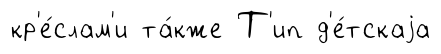
кр'е́слам'и та́кже Т'ип д'е́тскаjа